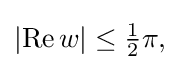
{\textstyle \left|\operatorname {Re} w\right|\leq {\tfrac {1}{2}}\pi ,}